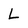
Character: L